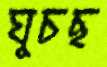
ঘুচছ